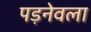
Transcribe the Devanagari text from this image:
पड़नेवला